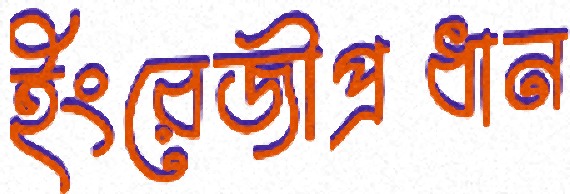
ইংরেজীপ্রধান